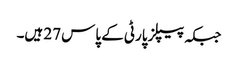
جبکہ پیپلز پارٹی کے پاس 27 ہیں۔